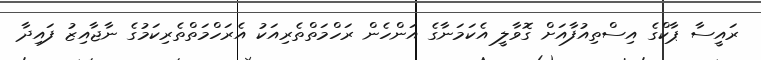
ރައީސާ ޕާކްގެ އިސްތިއުފާއަށް ގޮވާލީ އެކަމަނާގެ އަންހެން ރަހްމަތްތެރިއަކު އެރަހްމަތްތެރިކަމުގެ ނާޖާއިޒު ފައިދާ